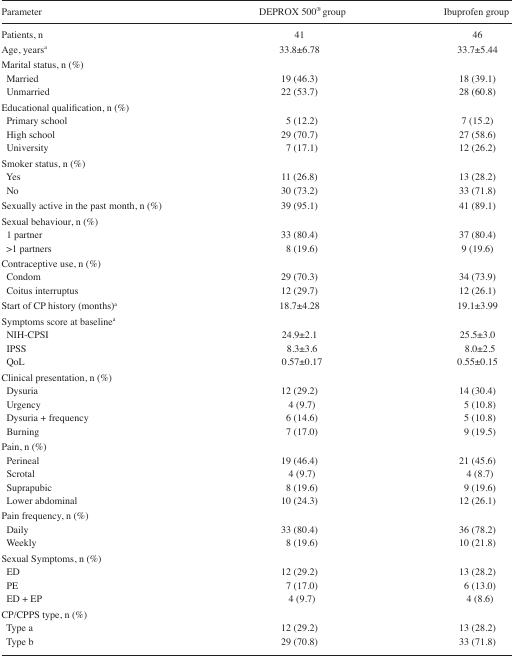
<table><thead><tr><td><b>Parameter</b></td><td><b>DEPROX 500<sup>®</sup> group</b></td><td><b>Ibuprofen group</b></td></tr></thead><tbody><tr><td>Patients, n</td><td>41</td><td>46</td></tr><tr><td>Age, yearsa</td><td>33.8±6.78</td><td>33.7±5.44</td></tr><tr><td colspan="3">Marital status, n (%)</td></tr><tr><td> Married</td><td>19 (46.3)</td><td>18 (39.1)</td></tr><tr><td> Unmarried</td><td>22 (53.7)</td><td>28 (60.8)</td></tr><tr><td colspan="3">Educational qualification, n (%)</td></tr><tr><td> Primary school</td><td>5 (12.2)</td><td>7 (15.2)</td></tr><tr><td> High school</td><td>29 (70.7)</td><td>27 (58.6)</td></tr><tr><td> University</td><td>7 (17.1)</td><td>12 (26.2)</td></tr><tr><td colspan="3">Smoker status, n (%)</td></tr><tr><td> Yes</td><td>11 (26.8)</td><td>13 (28.2)</td></tr><tr><td> No</td><td>30 (73.2)</td><td>33 (71.8)</td></tr><tr><td>Sexually active in the past month, n (%)</td><td>39 (95.1)</td><td>41 (89.1)</td></tr><tr><td colspan="3">Sexual behaviour, n (%)</td></tr><tr><td> 1 partner</td><td>33 (80.4)</td><td>37 (80.4)</td></tr><tr><td> &gt;1 partners</td><td>8 (19.6)</td><td>9 (19.6)</td></tr><tr><td colspan="3">Contraceptive use, n (%)</td></tr><tr><td> Condom</td><td>29 (70.3)</td><td>34 (73.9)</td></tr><tr><td> Coitus interruptus</td><td>12 (29.7)</td><td>12 (26.1)</td></tr><tr><td>Start of CP history (months)a</td><td>18.7±4.28</td><td>19.1±3.99</td></tr><tr><td colspan="3">Symptoms score at baselinea</td></tr><tr><td> NIH-CPSI</td><td>24.9±2.1</td><td>25.5±3.0</td></tr><tr><td> IPSS</td><td>8.3±3.6</td><td>8.0±2.5</td></tr><tr><td> QoL</td><td>0.57±0.17</td><td>0.55±0.15</td></tr><tr><td colspan="3">Clinical presentation, n (%)</td></tr><tr><td> Dysuria</td><td>12 (29.2)</td><td>14 (30.4)</td></tr><tr><td> Urgency</td><td>4 (9.7)</td><td>5 (10.8)</td></tr><tr><td> Dysuria + frequency</td><td>6 (14.6)</td><td>5 (10.8)</td></tr><tr><td> Burning</td><td>7 (17.0)</td><td>9 (19.5)</td></tr><tr><td colspan="3">Pain, n (%)</td></tr><tr><td> Perineal</td><td>19 (46.4)</td><td>21 (45.6)</td></tr><tr><td> Scrotal</td><td>4 (9.7)</td><td>4 (8.7)</td></tr><tr><td> Suprapubic</td><td>8 (19.6)</td><td>9 (19.6)</td></tr><tr><td> Lower abdominal</td><td>10 (24.3)</td><td>12 (26.1)</td></tr><tr><td colspan="3">Pain frequency, n (%)</td></tr><tr><td> Daily</td><td>33 (80.4)</td><td>36 (78.2)</td></tr><tr><td> Weekly</td><td>8 (19.6)</td><td>10 (21.8)</td></tr><tr><td colspan="3">Sexual Symptoms, n (%)</td></tr><tr><td> ED</td><td>12 (29.2)</td><td>13 (28.2)</td></tr><tr><td> PE</td><td>7 (17.0)</td><td>6 (13.0)</td></tr><tr><td> ED + EP</td><td>4 (9.7)</td><td>4 (8.6)</td></tr><tr><td colspan="3">CP/CPPS type, n (%)</td></tr><tr><td> Type a</td><td>12 (29.2)</td><td>13 (28.2)</td></tr><tr><td> Type b</td><td>29 (70.8)</td><td>33 (71.8)</td></tr></tbody></table>